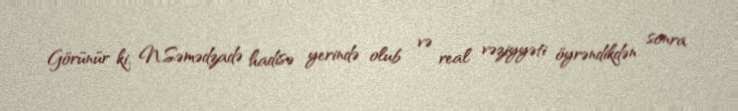
Görünür ki, N.Səmədzadə hadisə yerində olub və real vəziyyəti öyrəndikdən sonra